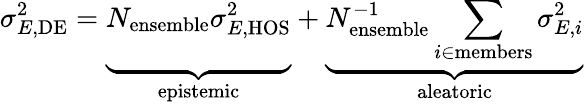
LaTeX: \sigma_{E,\mathrm{DE}}^{2}=\underbrace{\vphantom{\sum_{i\in\mathrm{members}}}N_{\mathrm{ensemble}}\sigma_{E,\mathrm{HOS}}^{2}}_{\mathrm{epistemic}}+\underbrace{N_{\mathrm{ensemble}}^{-1}\sum_{i\in\mathrm{members}}\sigma_{E,i}^{2}}_{\mathrm{aleatoric}}